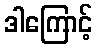
ဒါကြောင့်